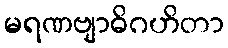
မရဏဗျာဓိဂဟိတာ